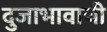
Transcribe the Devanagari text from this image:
दुजाभावाची